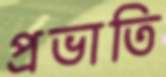
প্রভাতি